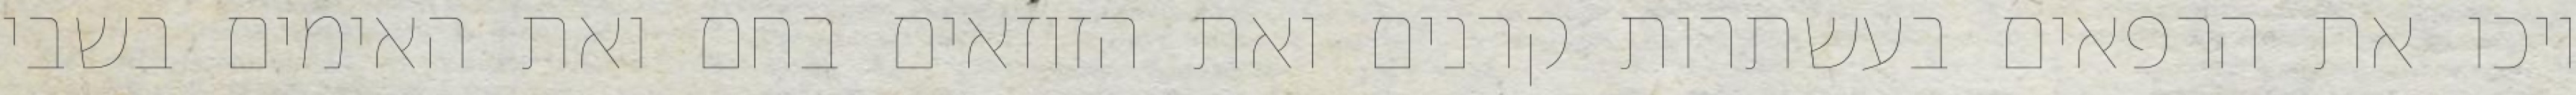
ויכו את הרפאים בעשתרות קרנים ואת הזוזאים בחם ואת האימים בשבי